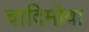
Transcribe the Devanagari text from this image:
चादिमोवा